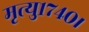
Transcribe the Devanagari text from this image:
मृत्यु१७४०।